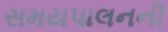
સમયપાલનની